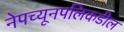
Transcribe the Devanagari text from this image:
नेपच्यूनपलिकडील